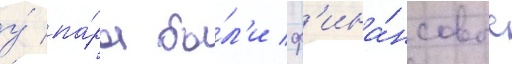
у́ па́ры бы́л'и ф'ина́нсовые